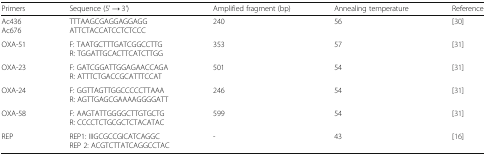
| Primers | Sequence (5' → 3') | Amplified fragment (bp) | Annealing temperature | Reference |
 | --- | --- | --- | --- | --- |
 | Ac436Ac676 | TTTAAGCGAGGAGGAGGATTCTACCATCCTCTCCC | 240 | 56 | [30] |
 | OXA-51 | F: TAATGCTTTGATCGGCCTTGR: TGGATTGCACTTCATCTTGG | 353 | 57 | [31] |
 | OXA-23 | F: GATCGGATTGGAGAACCAGAR: ATTTCTGACCGCATTTCCAT | 501 | 54 | [31] |
 | OXA-24 | F: GGTTAGTTGGCCCCCTTAAAR: AGTTGAGCGAAAAGGGGATT | 246 | 54 | [31] |
 | OXA-58 | F: AAGTATTGGGGCTTGTGCTGR: CCCCTCTGCGCTCTACATAC | 599 | 54 | [31] |
 | REP | REP1: IIIGCGCCGICATCAGGCREP 2: ACGTCTTATCAGGCCTAC | - | 43 | [16] |